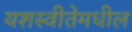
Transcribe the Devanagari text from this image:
यशस्वीतेमधील